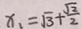
x _ { 1 } = \sqrt { 3 } + \frac { \sqrt { 2 } } { 2 }